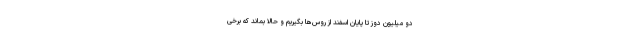
دو میلیون دوز تا پایان اسفند از روس‌ها بگیریم و حالا بماند که برخی